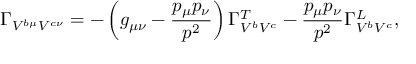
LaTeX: \Gamma _ { V ^ { b \mu } V ^ { c \nu } } = - \left( g _ { \mu \nu } - \frac { p _ { \mu } p _ { \nu } } { p ^ { 2 } } \right) \Gamma _ { V ^ { b } V ^ { c } } ^ { T } - \frac { p _ { \mu } p _ { \nu } } { p ^ { 2 } } \Gamma _ { V ^ { b } V ^ { c } } ^ { L } ,